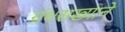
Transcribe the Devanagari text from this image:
ग्रंथसख्याने